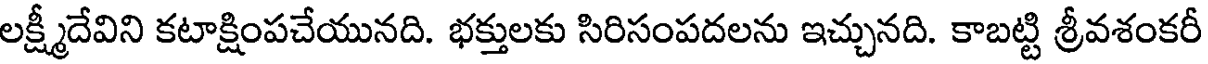
లక్ష్మీదేవిని కటాక్షింపచేయునది. భక్తులకు సిరిసంపదలను ఇచ్చునది. కాబట్టి శ్రీవశంకరీ